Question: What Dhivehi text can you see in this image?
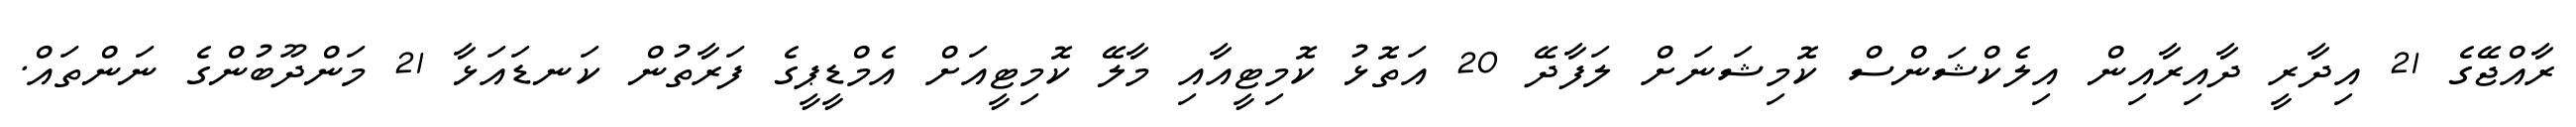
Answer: ރާއްޖޭގެ 21 އިދާރީ ދާއިރާއިން އިލެކްޝަންސް ކޮމިޝަނަށް ލަފާދޭ 20 އަތޮޅު ކޮމިޓީއާއި މާލޭ ކޮމިޓީއަށް އެމްޑީޕީގެ ފަރާތުން ކަނޑައަޅާ 21 މަންދޫބުންގެ ނަންތައް.